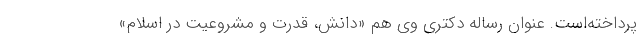
پرداخته‌است. عنوان رساله دکتری وی هم «دانش، قدرت و مشروعیت در اسلام»